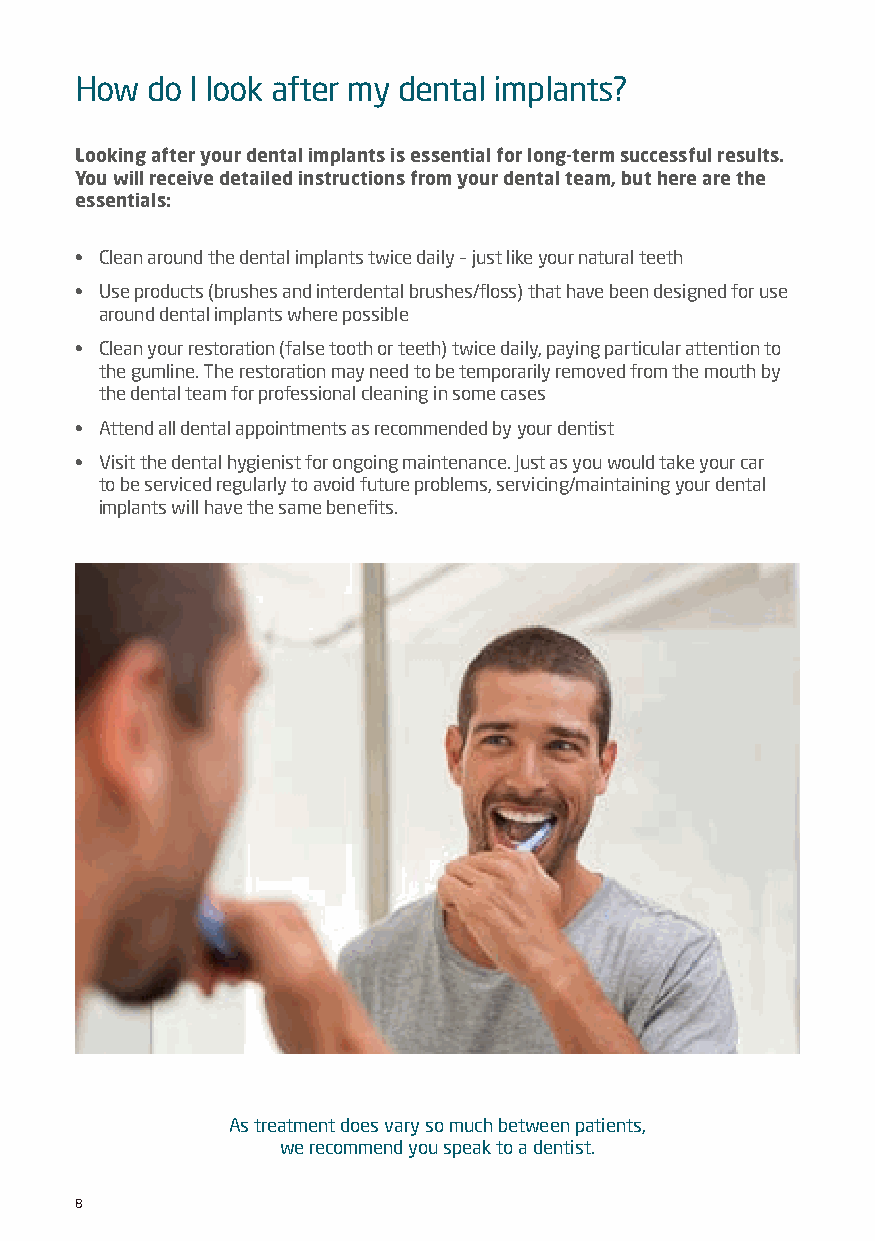
How  do I look after my dental implants?
 Looking after your dental implants is essential for long-term successful results.
 You will receive detailed instructions from your dental team, but here are the
 essentials:
 • Clean around the dental implants twice daily – just like your natural teeth
 • Use products (brushes and interdental brushes/floss) that have been designed for use
 around dental implants where possible
 • Clean your restoration (false tooth or teeth) twice daily, paying particular attention to
 the gumline. The restoration may need to be temporarily removed from the mouth by
 the dental team for professional cleaning in some cases
 • Attend all dental appointments as recommended by your dentist
 • Visit the dental hygienist for ongoing maintenance. Just as you would take your car
 to be serviced regularly to avoid future problems, servicing/maintaining your dental
 implants will have the same benefits.
 As treatment does vary so much between patients,
 we recommend you speak to a dentist.
 8